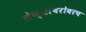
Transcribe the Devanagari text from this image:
लेण्यांबरोबरच